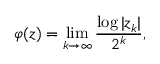
\varphi ( z ) = \operatorname* { l i m } _ { k \to \infty } { \frac { \log | z _ { k } | } { 2 ^ { k } } } ,